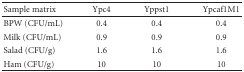
<table><thead><tr><td><b>Sample matrix</b></td><td><b>Ypc4</b></td><td><b>Yppst1</b></td><td><b>Ypcaf1M1</b></td></tr></thead><tbody><tr><td>BPW (CFU/mL)</td><td>0.4</td><td>0.4</td><td>0.4</td></tr><tr><td>Milk (CFU/mL)</td><td>0.9</td><td>0.9</td><td>0.9</td></tr><tr><td>Salad (CFU/g)</td><td>1.6</td><td>1.6</td><td>1.6</td></tr><tr><td>Ham (CFU/g)</td><td>10</td><td>10</td><td>10</td></tr></tbody></table>